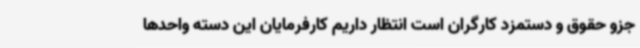
جزو حقوق و دستمزد کارگران است انتظار داریم کارفرمایان این دسته واحدها